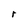
Character: r